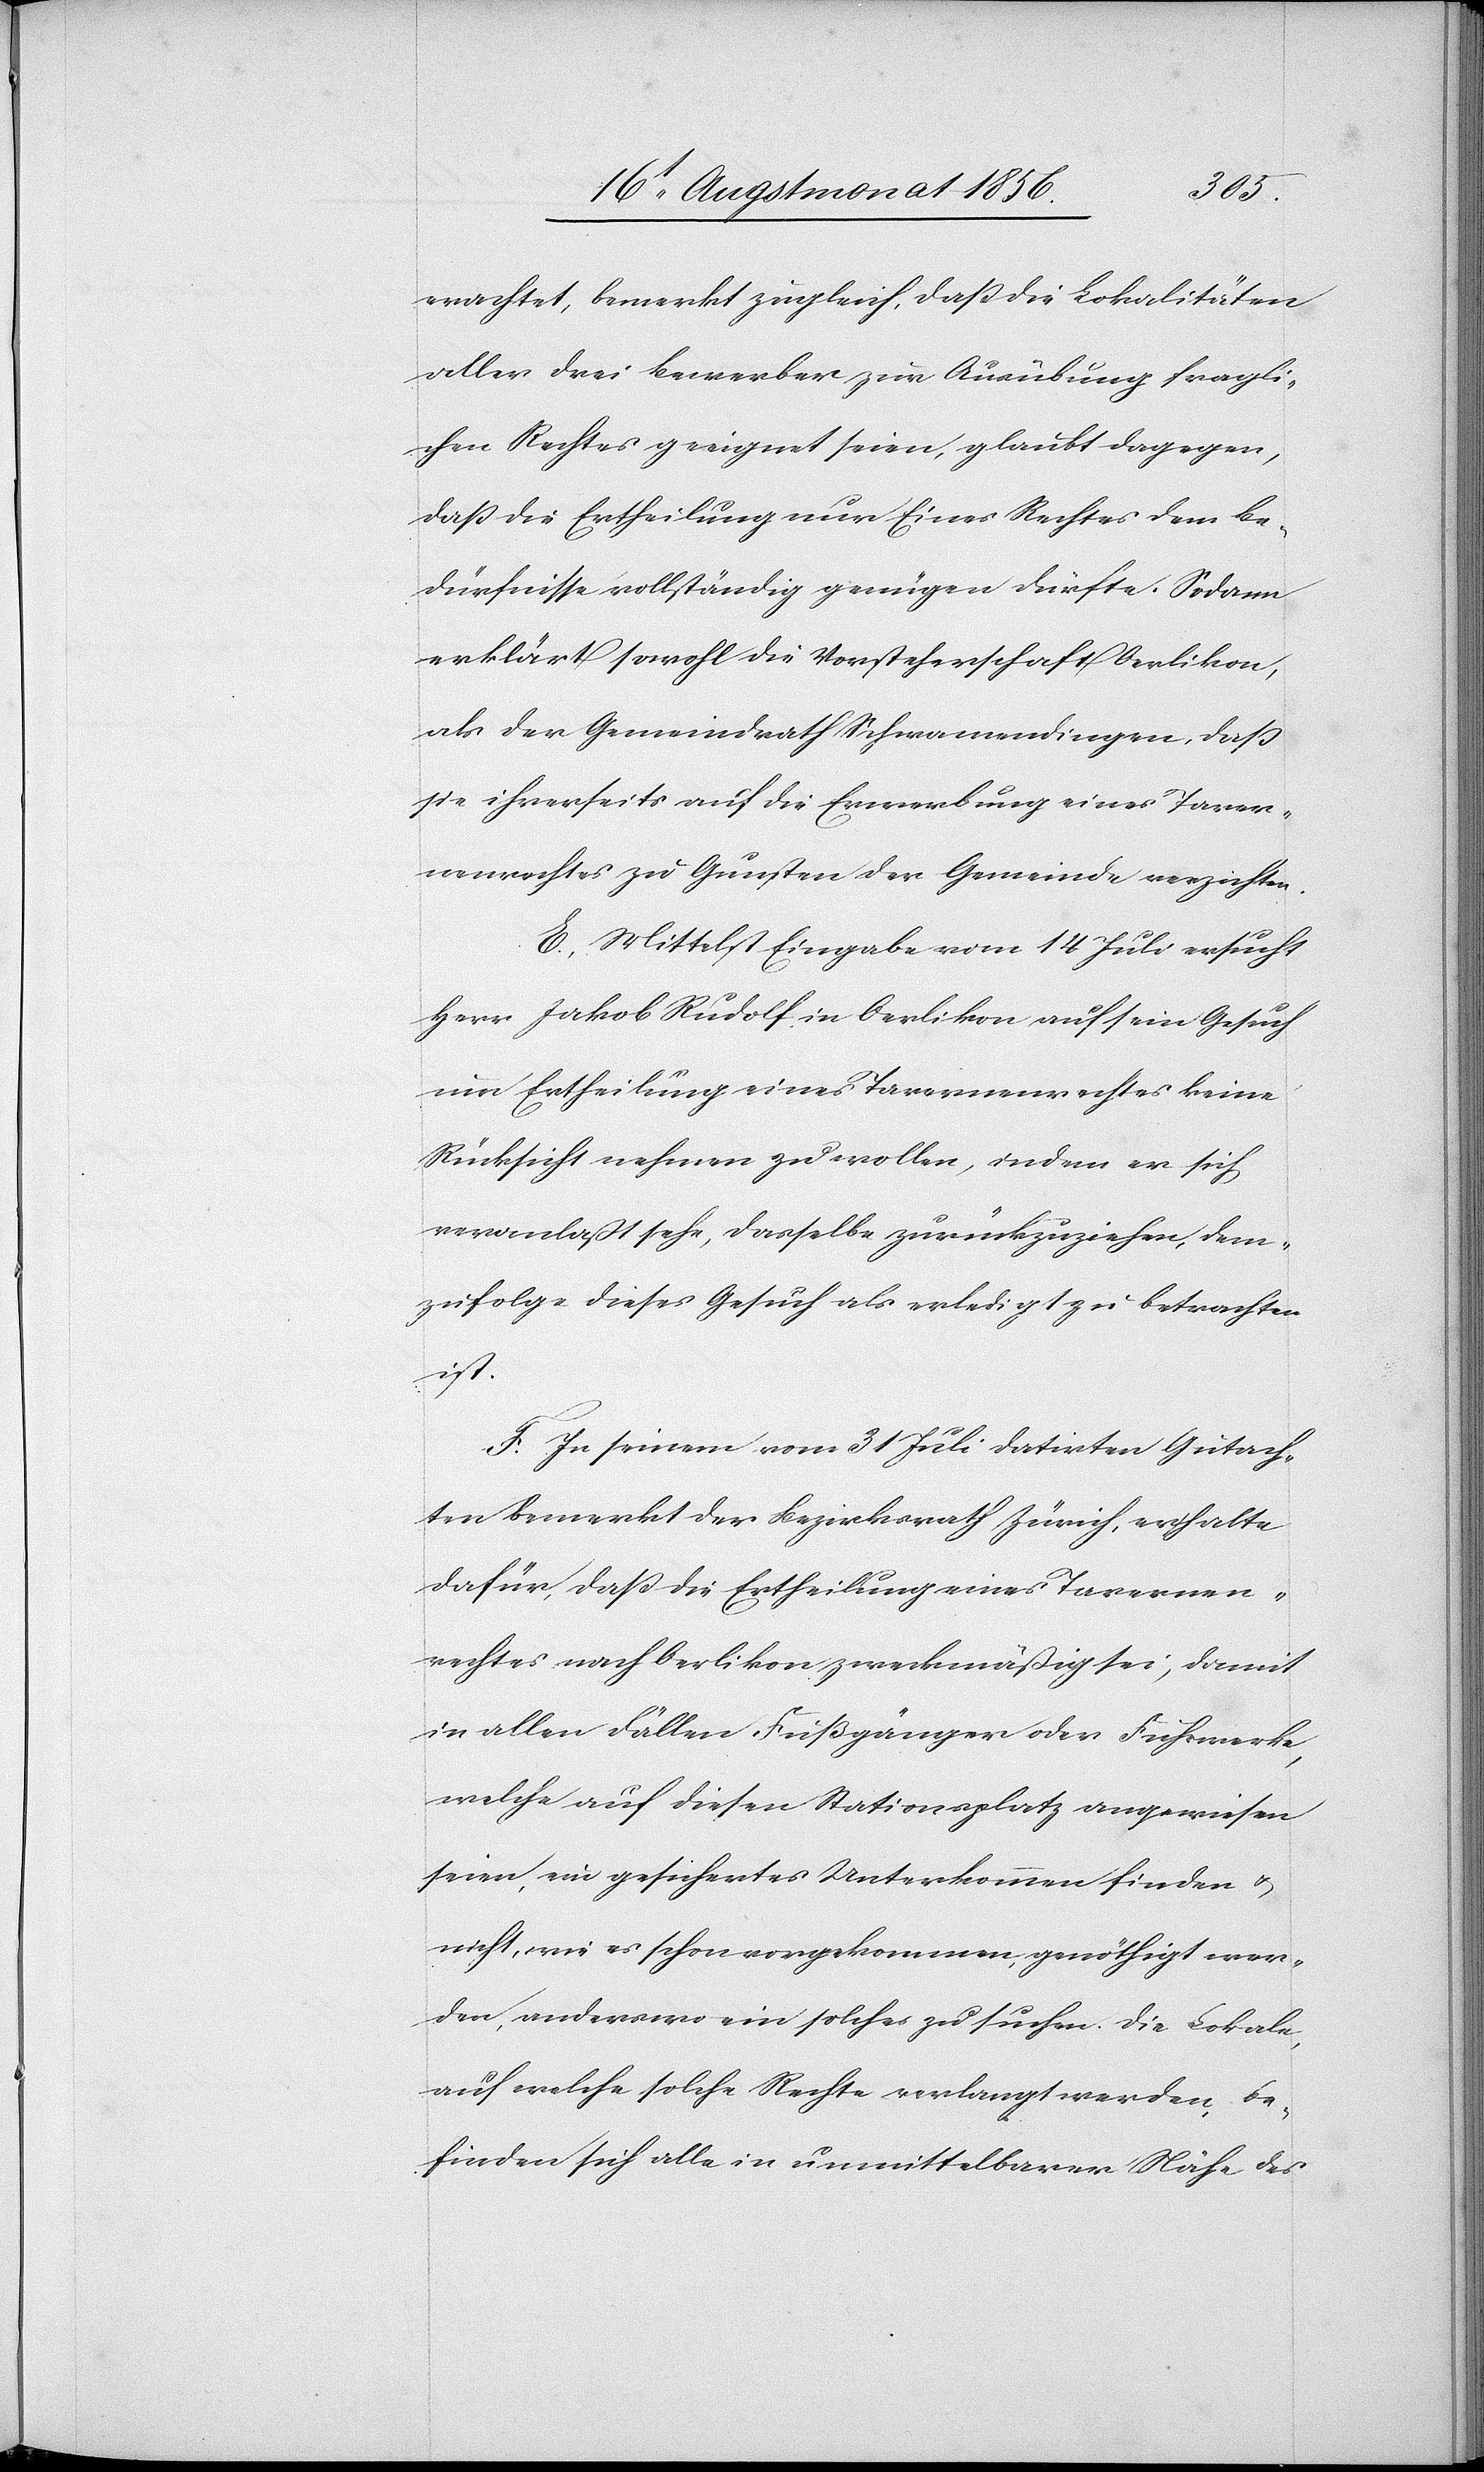
erachtet, bemerkt zugleich, dass die Lokalitäten
aller drei Bewerber zur Ausübung fragli¬
chen Rechtes geeignet seien, glaubt dagegen,
dass die Ertheilung nur Eines Rechtes dem Be¬
dürfnisse vollständig genügen dürfte. Sodann
erklärt sowohl die Vorsteherschaft Oerlikon,
als der Gemeindrath Schwamendingen, dass
sie ihrerseits auf die Erwerbung eines Taver¬
nenrechtes zu Gunsten der Gemeinde verzichten.
E.) Mittelst Eingabe vom 14 Juli ersucht
Herr Jakob Rudolf in Oerlikon auf sein Gesuch
um Ertheilung eines Tavernenrechtes keine
Rücksicht nehmen zu wollen, indem er sich
veranlaßt sehe, dasselbe zurückzuziehen, dem¬
zufolge dieses Gesuch als erledigt zu betrachten
ist.
F.) In seinem vom 31 Juli datirten Gutach¬
ten bemerkt der Bezirksrath Zürich, er halte
dafür dass die Ertheilung eines Tavernen¬
rechtes nach Oerlikon zweckmäßig sei, damit
in allen Fällen Fußgänger oder Fuhrwerke,
welche auf diesen Stationsplatz angewiesen
seien, ein gesichertes Unterkommen finden u.
nicht, wie es schon vorgekommen, genöthigt wer¬
den, anderswo ein solches zu suchen. Die Lokale,
auf welche solche Rechte verlangt werden, be¬
finden sich alle in unmittelbarer Nähe des